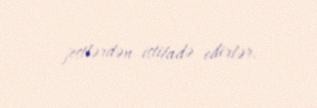
jestlərdən istifadə edirlər.